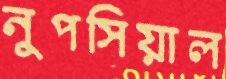
নুপসিয়াল